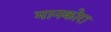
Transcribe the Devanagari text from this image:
मानकोरा